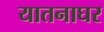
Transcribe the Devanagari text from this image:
यातनाघर